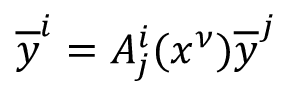
{ \overline { { y } } } ^ { i } = A _ { j } ^ { i } ( x ^ { \nu } ) { \overline { { y } } } ^ { j }